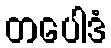
တပေါဒံ